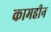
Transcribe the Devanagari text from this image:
कामहीन